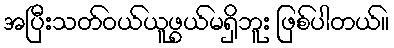
အပြီးသတ်ဝယ်ယူဖွယ်မရှိဘူး ဖြစ်ပါတယ်။